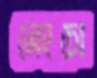
নেংচো